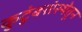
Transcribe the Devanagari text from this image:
कुटुंबसंस्थेतून